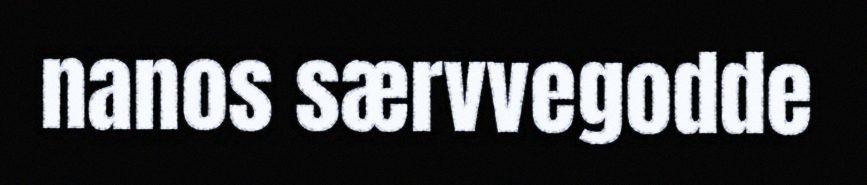
nanos særvvegodde